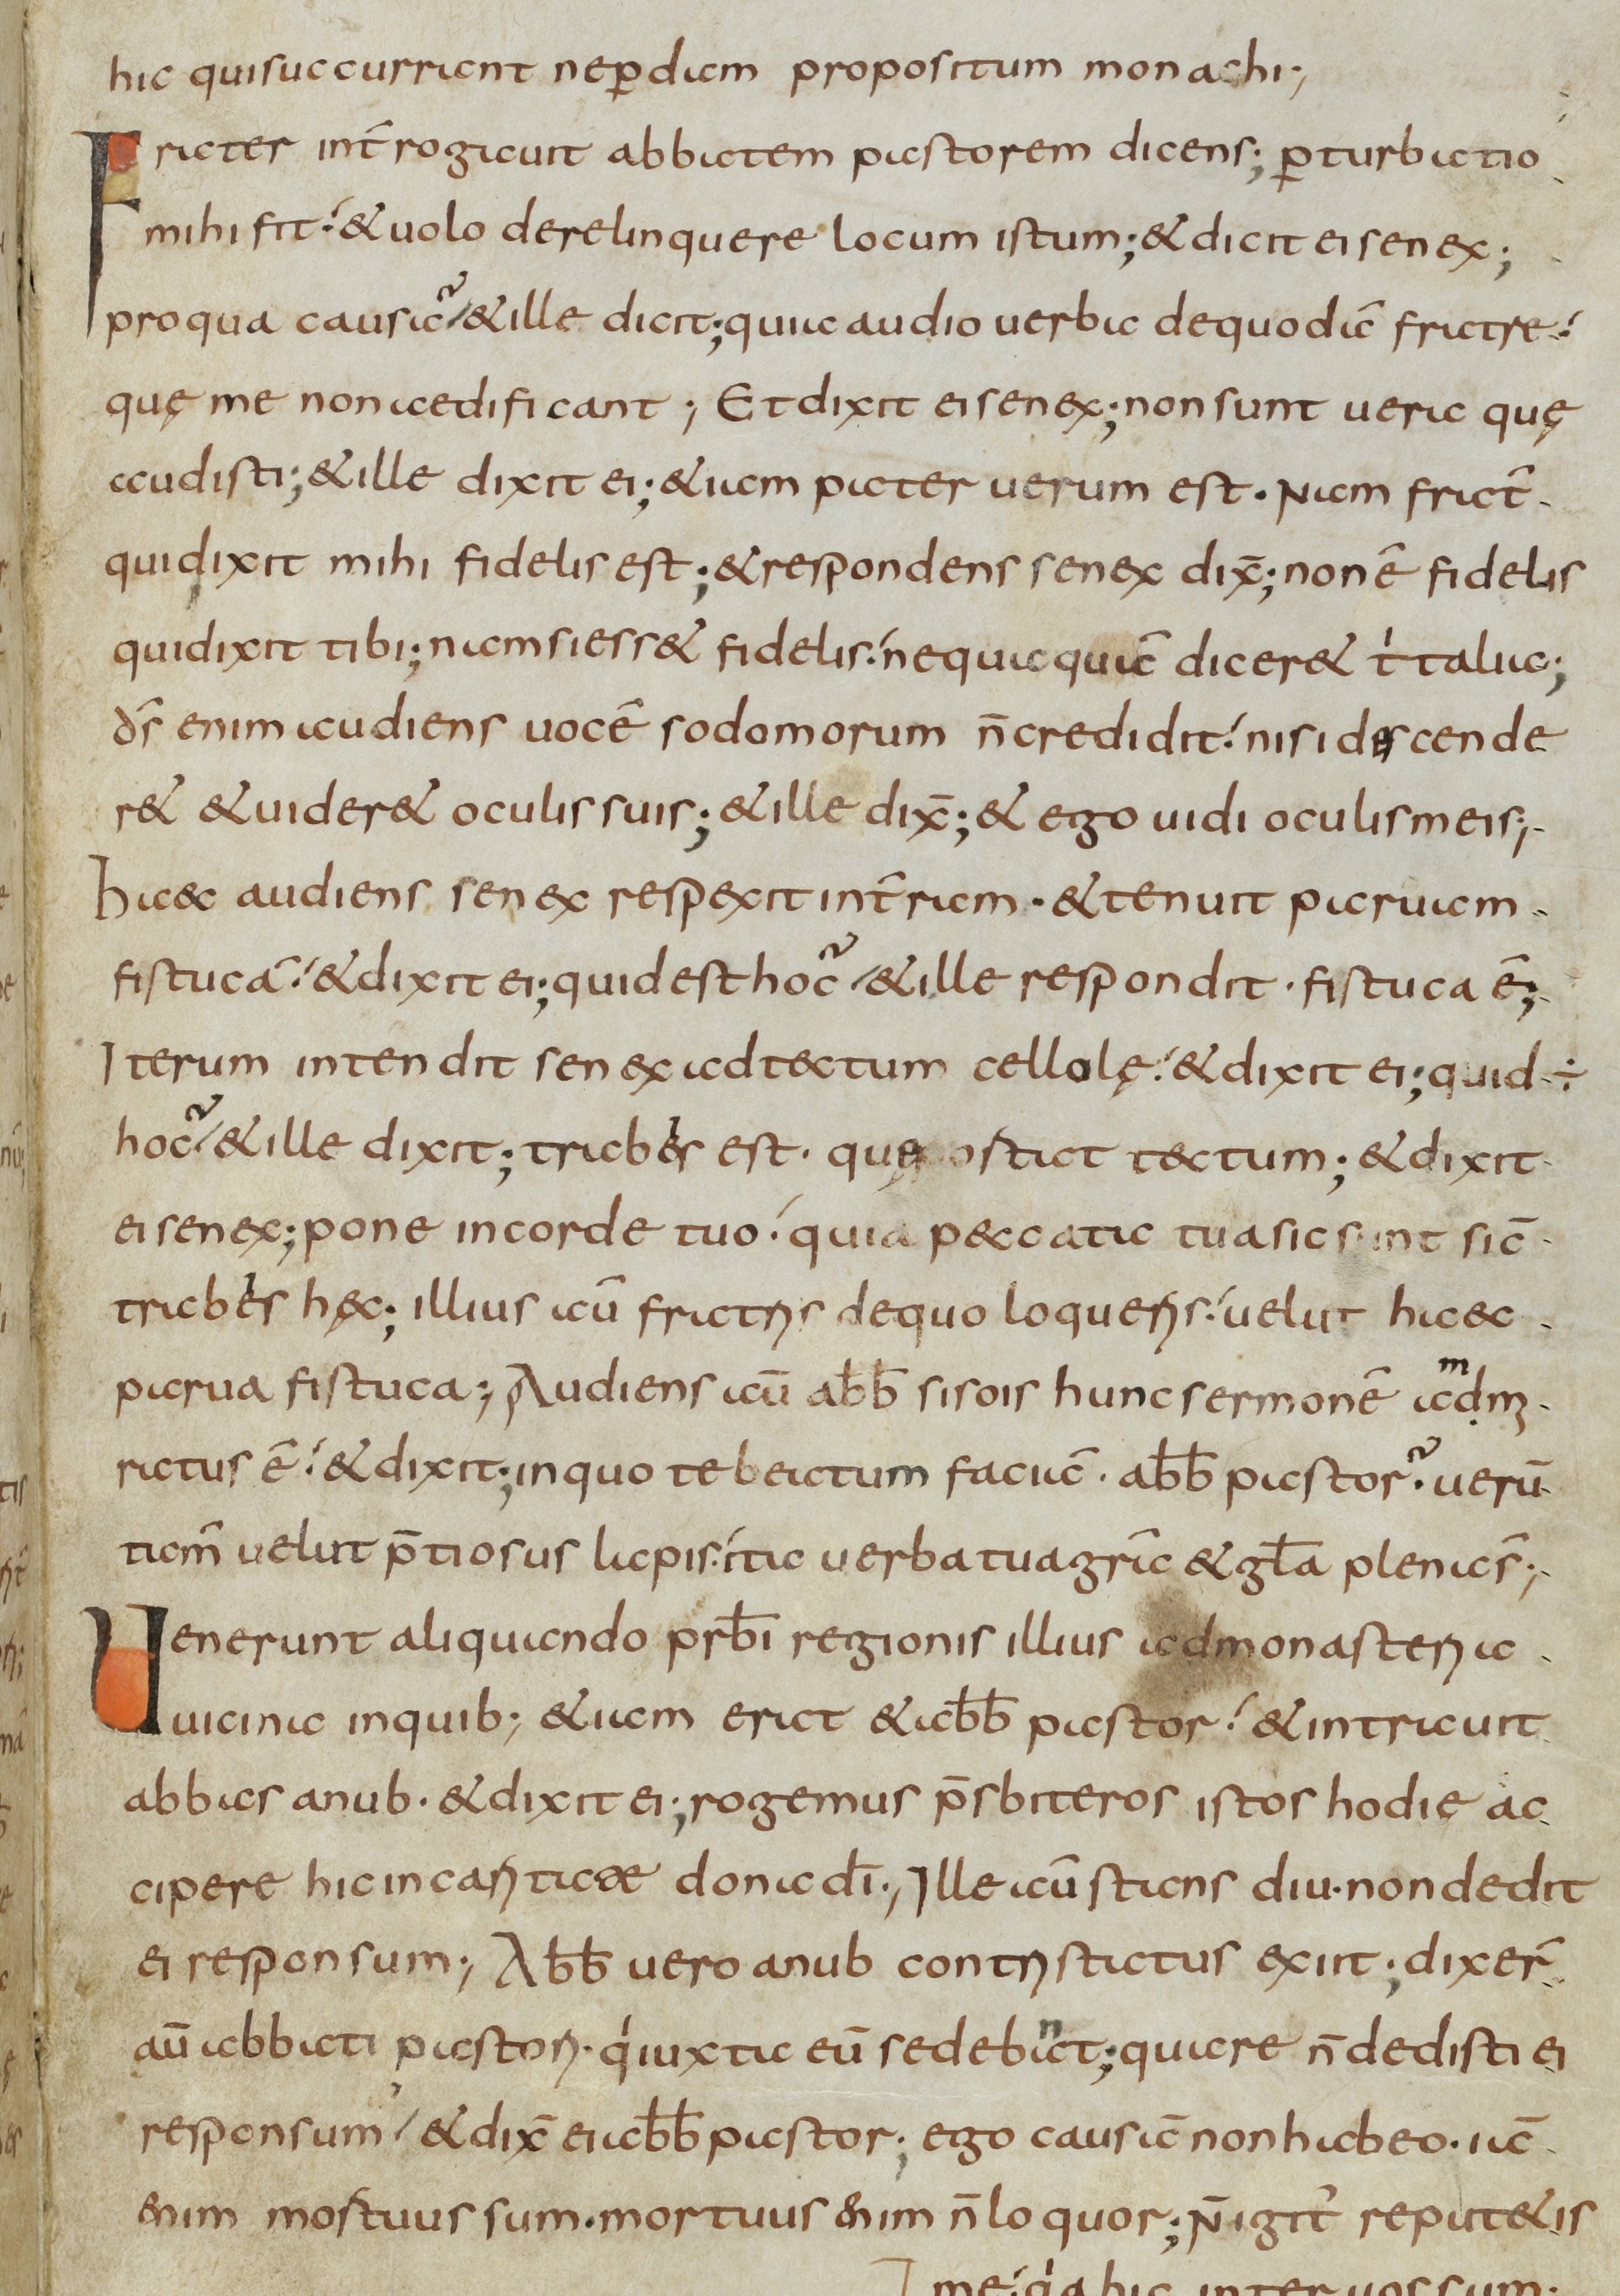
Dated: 800–849